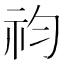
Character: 𥘩